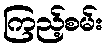
ကြည့်စမ်း